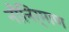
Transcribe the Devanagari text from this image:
नौनिर्माण